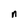
Character: n